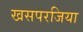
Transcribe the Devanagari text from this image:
खसपरजिया